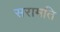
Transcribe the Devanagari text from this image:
सरामति